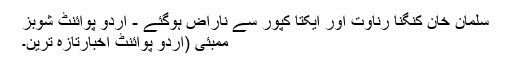
سلمان خان کنگنا رناوت اور ایکتا کپور سے ناراض ہوگئے - اُردو پوائنٹ شوبز
ممبئی (اُردو پوائنٹ اخبارتازہ ترین۔